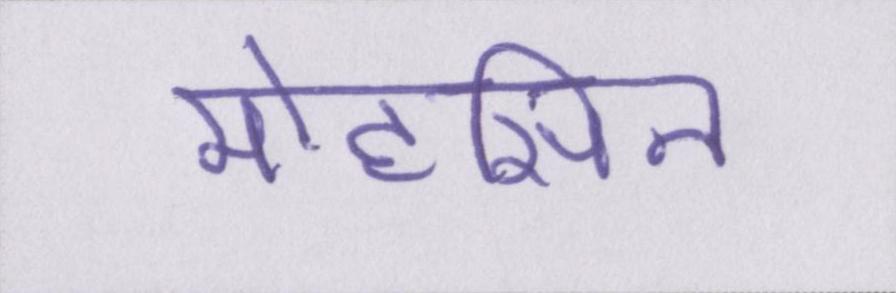
मोहसिन